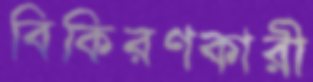
বিকিরণকারী